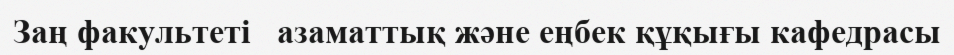
Заң факультеті   азаматтық және еңбек құқығы кафедрасы